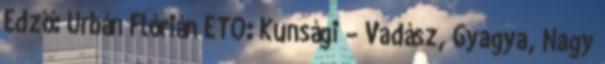
Edző: Urbán Flórián ETO: Kunsági – Vadász, Gyagya, Nagy